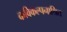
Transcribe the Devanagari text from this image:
कविकल्पनाश्रित